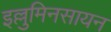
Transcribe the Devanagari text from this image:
इल्लुमिनसायन